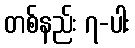
တစ်နည်း ၇-ပါး